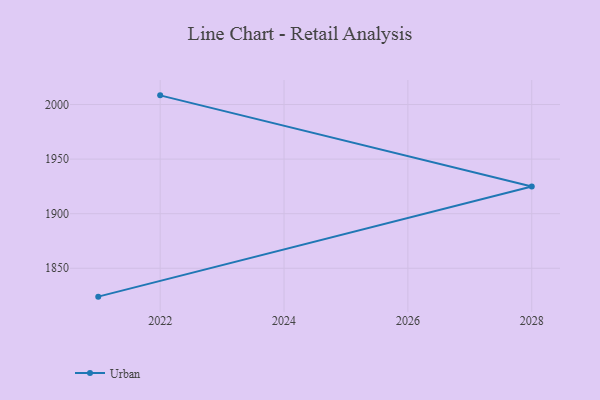
{"axis": {"x": "Year", "y": "Demand Index"}, "legend": ["Urban"], "data": [{"x": "2022", "y": 2008.4, "type": "Urban"}, {"x": "2028", "y": 1924.9, "type": "Urban"}, {"x": "2021", "y": 1824.0, "type": "Urban"}]}